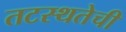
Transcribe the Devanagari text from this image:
तटस्थतेची